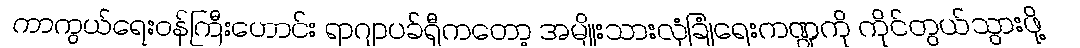
ကာကွယ်ရေးဝန်ကြီးဟောင်း ရာဂျာပခ်ရှီကတော့ အမျိုးသားလုံခြုံရေးကဏ္ဍကို ကိုင်တွယ်သွားဖို့